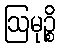
ဩမုဉ္စိ